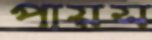
পায়স